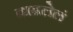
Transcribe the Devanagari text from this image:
वाढलेलं